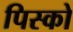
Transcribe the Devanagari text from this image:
पिस्को